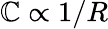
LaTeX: \mathbb{C}\propto1/R